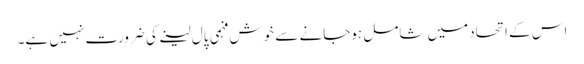
اس کے اتحادمیں شامل ہوجانے سے خوش فہمی پال لینے کی ضرورت نہیں ہے۔